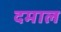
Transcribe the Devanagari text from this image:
दमाल